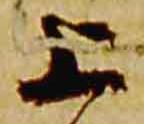
上